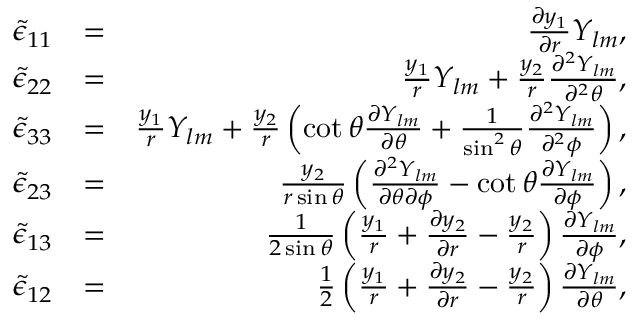
\begin{array} { r l r } { \tilde { \epsilon } _ { 1 1 } } & { = } & { \frac { \partial y _ { 1 } } { \partial r } Y _ { l m } , } \\ { \tilde { \epsilon } _ { 2 2 } } & { = } & { \frac { y _ { 1 } } { r } Y _ { l m } + \frac { y _ { 2 } } { r } \frac { \partial ^ { 2 } Y _ { l m } } { \partial ^ { 2 } \theta } , } \\ { \tilde { \epsilon } _ { 3 3 } } & { = } & { \frac { y _ { 1 } } { r } Y _ { l m } + \frac { y _ { 2 } } { r } \left( \cot \theta \frac { \partial Y _ { l m } } { \partial \theta } + \frac { 1 } { \sin ^ { 2 } \theta } \frac { \partial ^ { 2 } Y _ { l m } } { \partial ^ { 2 } \phi } \right) , } \\ { \tilde { \epsilon } _ { 2 3 } } & { = } & { \frac { y _ { 2 } } { r \sin \theta } \left( \frac { \partial ^ { 2 } Y _ { l m } } { \partial \theta \partial \phi } - \cot \theta \frac { \partial Y _ { l m } } { \partial \phi } \right) , } \\ { \tilde { \epsilon } _ { 1 3 } } & { = } & { \frac { 1 } { 2 \sin \theta } \left( \frac { y _ { 1 } } { r } + \frac { \partial y _ { 2 } } { \partial r } - \frac { y _ { 2 } } { r } \right) \frac { \partial Y _ { l m } } { \partial \phi } , } \\ { \tilde { \epsilon } _ { 1 2 } } & { = } & { \frac { 1 } { 2 } \left( \frac { y _ { 1 } } { r } + \frac { \partial y _ { 2 } } { \partial r } - \frac { y _ { 2 } } { r } \right) \frac { \partial Y _ { l m } } { \partial \theta } , } \end{array}